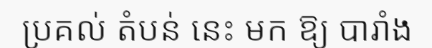
ប្រគល់ តំបន់ នេះ មក ឱ្យ បារាំង